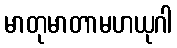
မာတုမာတာမဟယုဂါ